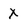
Character: X